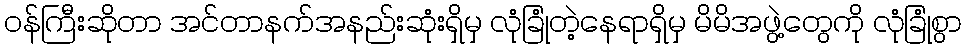
ဝန်ကြီးဆိုတာ အင်တာနက်အနည်းဆုံးရှိမှ လုံခြုံတဲ့နေရာရှိမှ မိမိအဖွဲ့တွေကို လုံခြုံစွာ